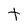
Character: t